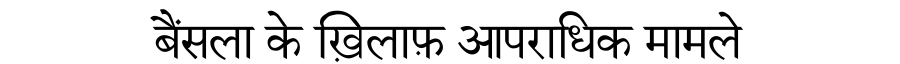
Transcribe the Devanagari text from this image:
बैंसला के ख़िलाफ़ आपराधिक मामले